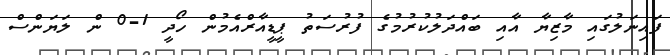
ފައިނަލުގައި މާޒިޔާ އާއި ބައްދަލުކުރުމުގެ ފުރުސަތު ޕީޑީއާރްއެމުން ހޯދީ 1-0 ން ލަޔަންސް